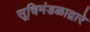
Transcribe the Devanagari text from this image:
सूचिमंडळाद्वारे